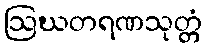
ဩဃတရဏသုတ္တံ